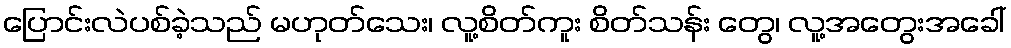
ပြောင်းလဲပစ်ခဲ့သည် မဟုတ်သေး၊ လူ့စိတ်ကူး စိတ်သန်း တွေ၊ လူ့အတွေးအခေါ်